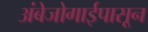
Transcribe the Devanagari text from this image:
अंबेजोगाईपासून